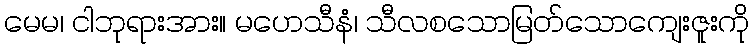
မေမ၊ ငါဘုရားအား။ မဟေသီနံ၊ သီလစသောမြတ်သောကျေးဇူးကို